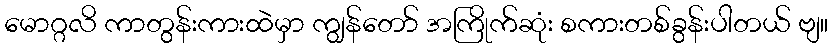
မောဂ္ဂလိ ကာတွန်းကားထဲမှာ ကျွန်တော် အကြိုက်ဆုံး စကားတစ်ခွန်းပါတယ် ဗျ။